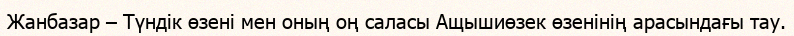
Жанбазар – Түндік өзені мен оның оң саласы Ащышиөзек өзенінің арасындағы тау.